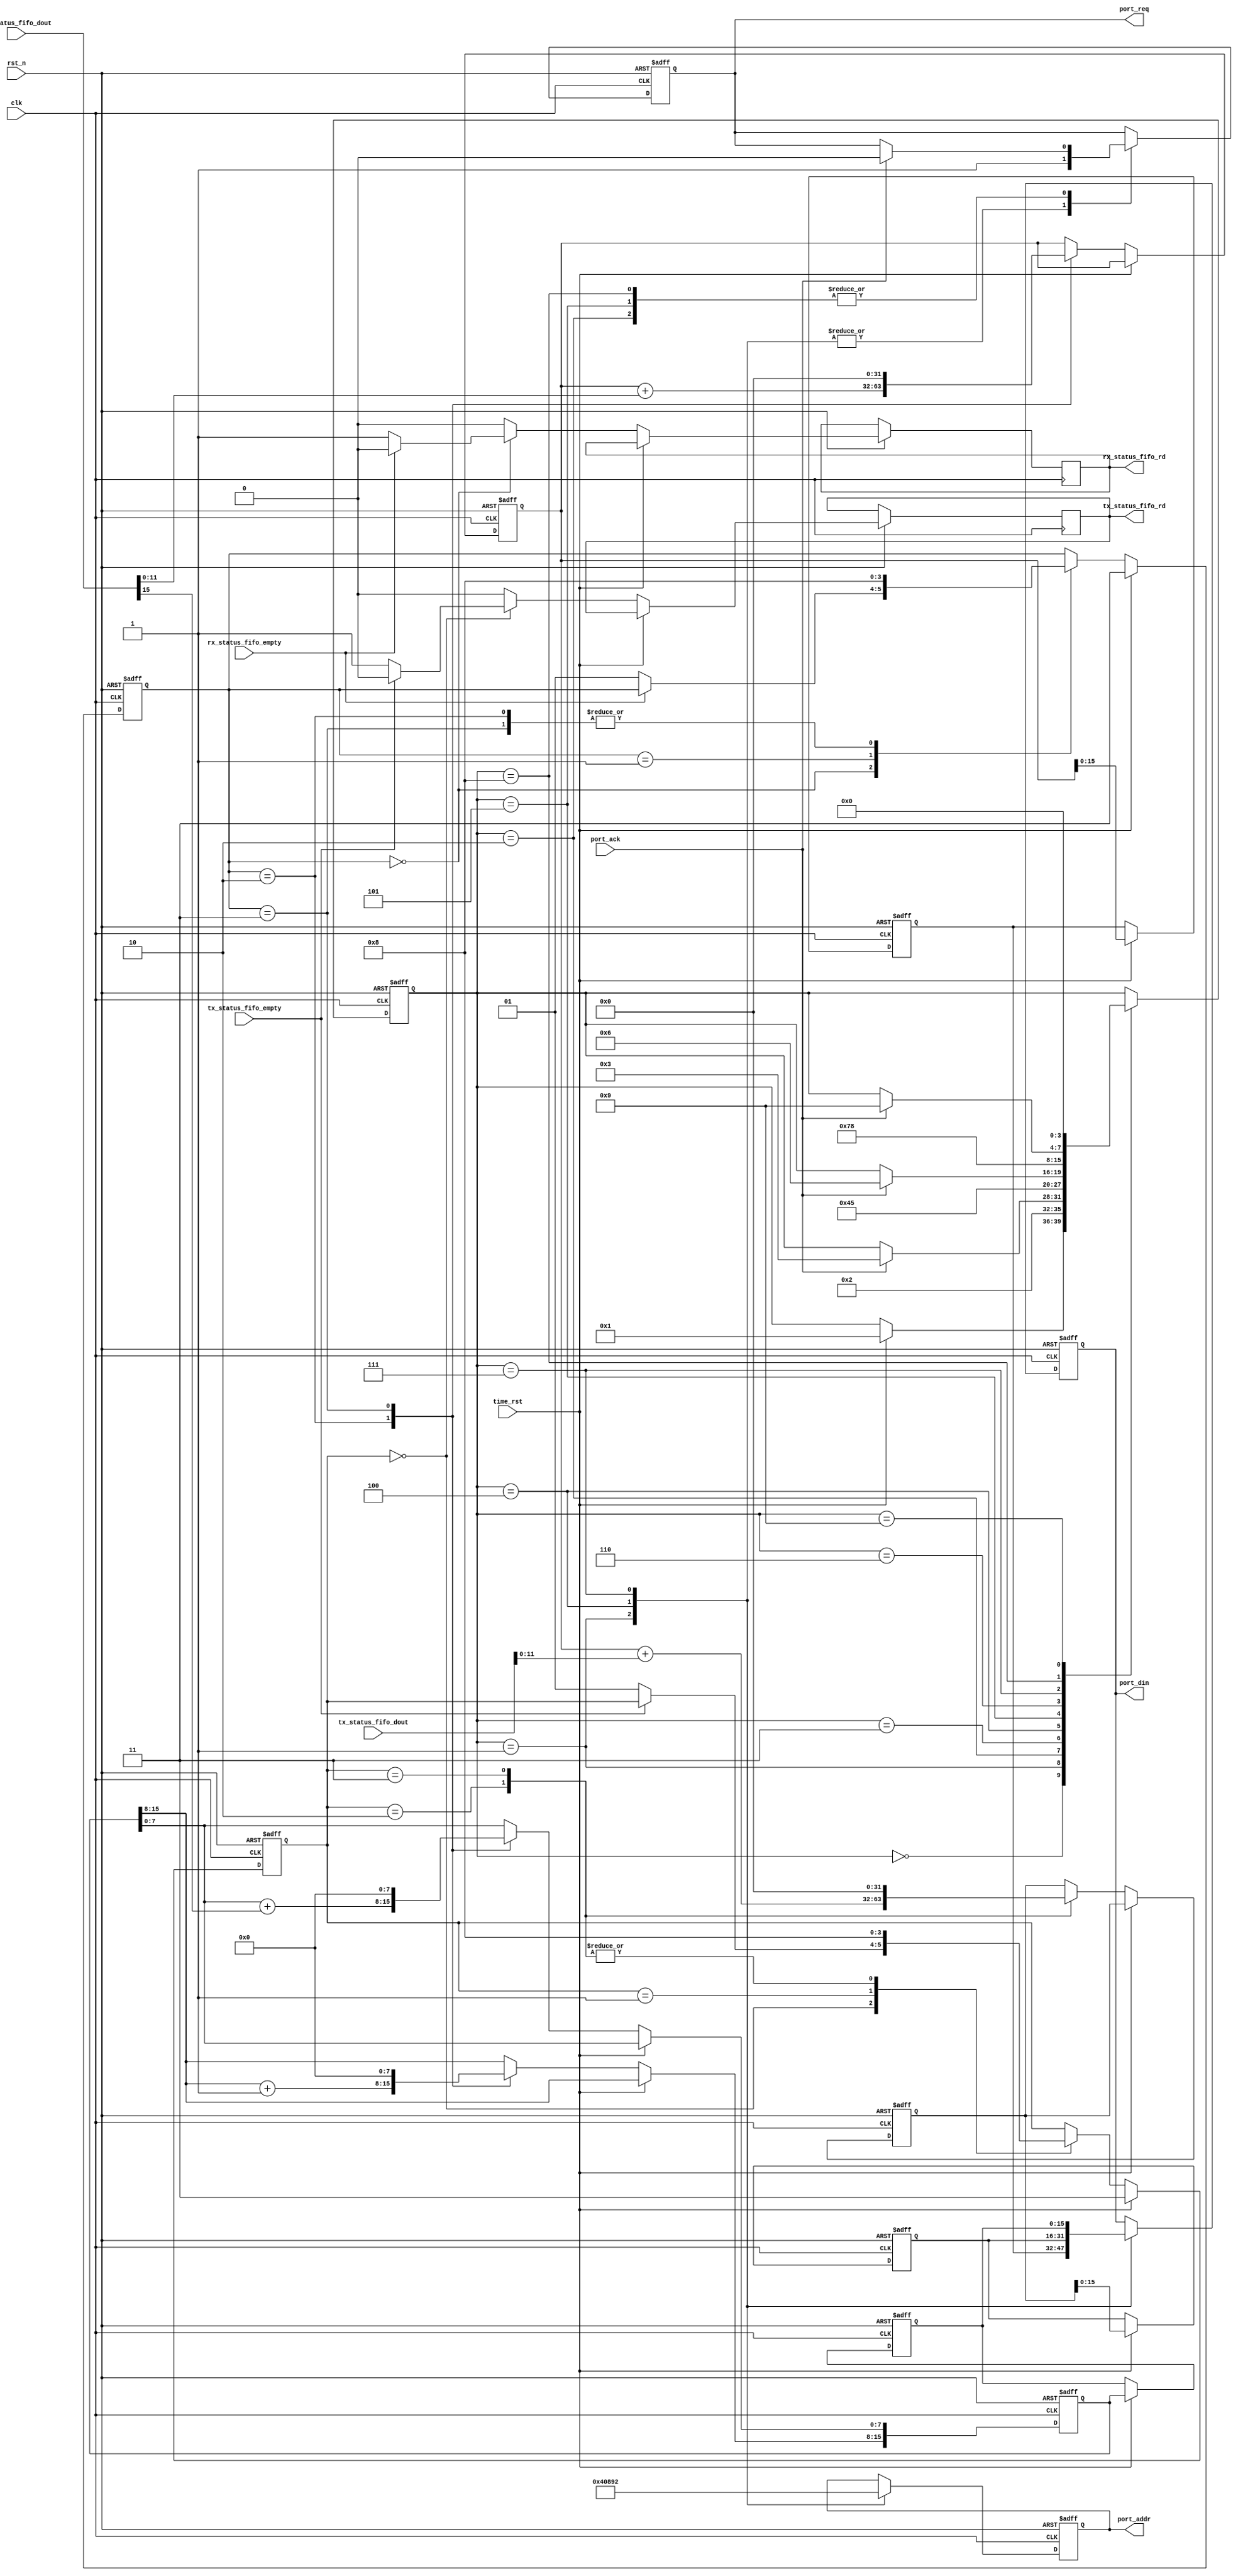
`timescale 1ns / 1ps
//////////////////////////////////////////////////////////////////////////////////
// Company: 
// Engineer: 
// 
// Design Name: 
// Module Name: port2reg
// Project Name: 
// Target Devices: 
// Tool Versions: 
// Description: 
// 
// Dependencies: 
// 
// Revision:
// Revision 0.01 - File Created
// Additional Comments:
// 
//////////////////////////////////////////////////////////////////////////////////


module port2reg(
input               clk,
input               rst_n,

input               time_rst,

output  reg [6:0]   port_addr,
output  reg [15:0]  port_din,
output  reg         port_req,
input               port_ack,

output  reg         rx_status_fifo_rd, 
input       [15:0]  rx_status_fifo_dout,
input               rx_status_fifo_empty,

output  reg         tx_status_fifo_rd, 
input       [15:0]  tx_status_fifo_dout,
input               tx_status_fifo_empty
    );


parameter   PORT_RX_ADDR = 7'h10;
parameter   PORT_TX_ADDR = 7'h11;
parameter   PORT_ER_ADDR = 7'h12;
parameter   DELAY = 2;


reg	    [31:0]		 rx_flow;
reg 	[31:0]		 tx_flow;
reg     [15:0]       rx_crc_rt;

reg	    [15:0]		 rx_flow_send;
reg 	[15:0]		 tx_flow_send;
reg     [15:0]       rx_crc_rt_send;


reg [1:0]   rx_state;
always @(posedge clk or negedge rst_n)begin
    if(~rst_n)begin
        rx_flow <=#DELAY 0;
        rx_crc_rt <=#DELAY 0;
        rx_state <=#DELAY 0;
    end
    else if(time_rst) rx_state <=#DELAY 3;
    else begin
        rx_status_fifo_rd <=#DELAY 0;
        case(rx_state)
        0: begin
            if(!rx_status_fifo_empty) begin
                rx_status_fifo_rd <=#DELAY 1;
                rx_state <=#DELAY 1;
            end
        end
        1: begin
            rx_state <=#DELAY 2;
        end
        2: begin
            rx_flow <= rx_flow + rx_status_fifo_dout[11:0];
            rx_crc_rt[15:8] <= rx_crc_rt[15:8] + 1;
            rx_crc_rt[7:0] <= rx_crc_rt[7:0] + rx_status_fifo_dout[15];
            rx_state <=#DELAY 0;
        end
        3:begin
            rx_flow <=#DELAY 0;
            rx_crc_rt <=#DELAY 0;
            rx_state <=#DELAY 0;
        end
    endcase
    end
end

reg [1:0]   tx_state;
always @(posedge clk or negedge rst_n)begin
    if(~rst_n)begin
        tx_flow <=#DELAY 0;
        tx_state <=#DELAY 0;
    end
    else if(time_rst) tx_state <=#DELAY 3;
    else begin
        tx_status_fifo_rd <=#DELAY 0;
        case(tx_state)
        0: begin
            if(!tx_status_fifo_empty) begin
                tx_status_fifo_rd <=#DELAY 1;
                tx_state <=#DELAY 1;
            end
        end
        1: begin
            tx_state <=#DELAY 2;
        end
        2: begin
            tx_flow <= rx_flow + tx_status_fifo_dout[11:0];
            tx_state <=#DELAY 0;
        end
        3: begin
            tx_flow <=#DELAY 0;
            tx_state <=#DELAY 0;
        end
    endcase
    end
end

always @(posedge clk or negedge rst_n)begin
    if(~rst_n)begin
        rx_flow_send <=#DELAY 0;
        tx_flow_send <=#DELAY 0;
        rx_crc_rt_send <=#DELAY 0;
    end
    else begin
        if(time_rst)begin
            rx_flow_send <=#DELAY rx_flow[15:0];
            tx_flow_send <=#DELAY tx_flow[15:0];
            rx_crc_rt_send <=#DELAY rx_crc_rt;
        end
    end
end

reg [3:0]  state;
always @(posedge clk or negedge rst_n)begin
    if(~rst_n)begin
        port_addr <=#DELAY 0;
        port_din <=#DELAY 0;
        port_req <=#DELAY 0;
        state <=#DELAY 0;
    end
    else begin
        case(state)
        0: begin
            if(time_rst)
            state <=#DELAY 1;
        end
        1: begin
            port_addr <=#DELAY PORT_RX_ADDR;
            port_din <=#DELAY rx_flow_send;
            port_req <=#DELAY 1;
            state <=#DELAY 2;
        end
        2: begin
            if(port_ack)begin
                port_req <=#DELAY 0;
                state <=#DELAY 3;
            end
        end
        3: begin
            state <=#DELAY 4;
        end
        4: begin
            port_addr <=#DELAY PORT_TX_ADDR;
            port_din <=#DELAY tx_flow_send;
            port_req <=#DELAY 1;
            state <=#DELAY 5;
        end
        5: begin
            if(port_ack)begin
                port_req <=#DELAY 0;
                state <=#DELAY 6;
            end
        end
        6: begin
            state <=#DELAY 7;
        end
        7: begin
            port_addr <=#DELAY PORT_ER_ADDR;
            port_din <=#DELAY rx_crc_rt_send;
            port_req <=#DELAY 1;
            state <=#DELAY 8;
        end
        8: begin
            if(port_ack)begin
                port_req <=#DELAY 0;
                state <=#DELAY 9;
            end
        end
        9: begin
            state <=#DELAY 0;
        end
    endcase
    end
end

endmodule